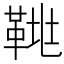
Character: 𩊲